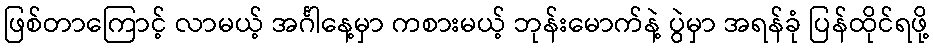
ဖြစ်တာကြောင့် လာမယ့် အင်္ဂါနေ့မှာ ကစားမယ့် ဘုန်းမောက်နဲ့ ပွဲမှာ အရန်ခုံ ပြန်ထိုင်ရဖို့